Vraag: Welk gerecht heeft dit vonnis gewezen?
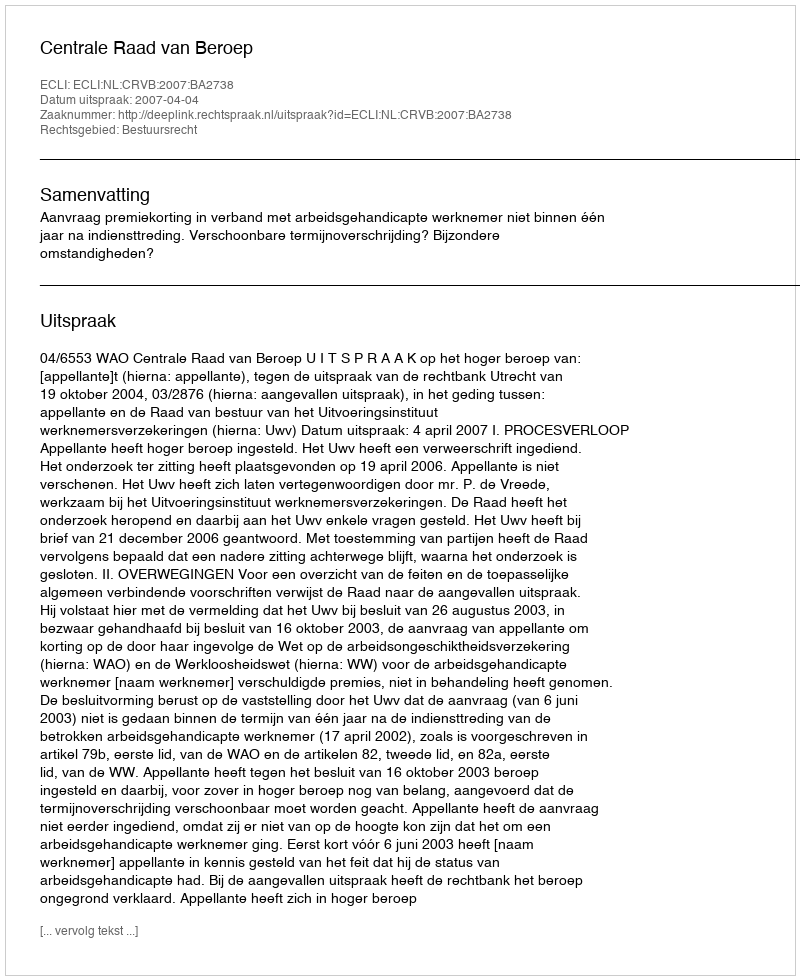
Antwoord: Centrale Raad van Beroep